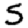
Digit: 5